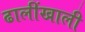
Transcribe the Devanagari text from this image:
ढालींखाली